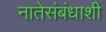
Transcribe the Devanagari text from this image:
नातेसंबंधाशी